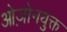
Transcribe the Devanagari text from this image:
ओज़ोनयुक्त